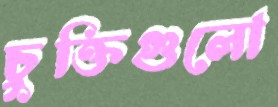
চুক্তিগুলো